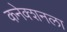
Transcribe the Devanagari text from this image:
कनेक्शनला